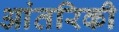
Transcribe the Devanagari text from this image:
आंतरिकी